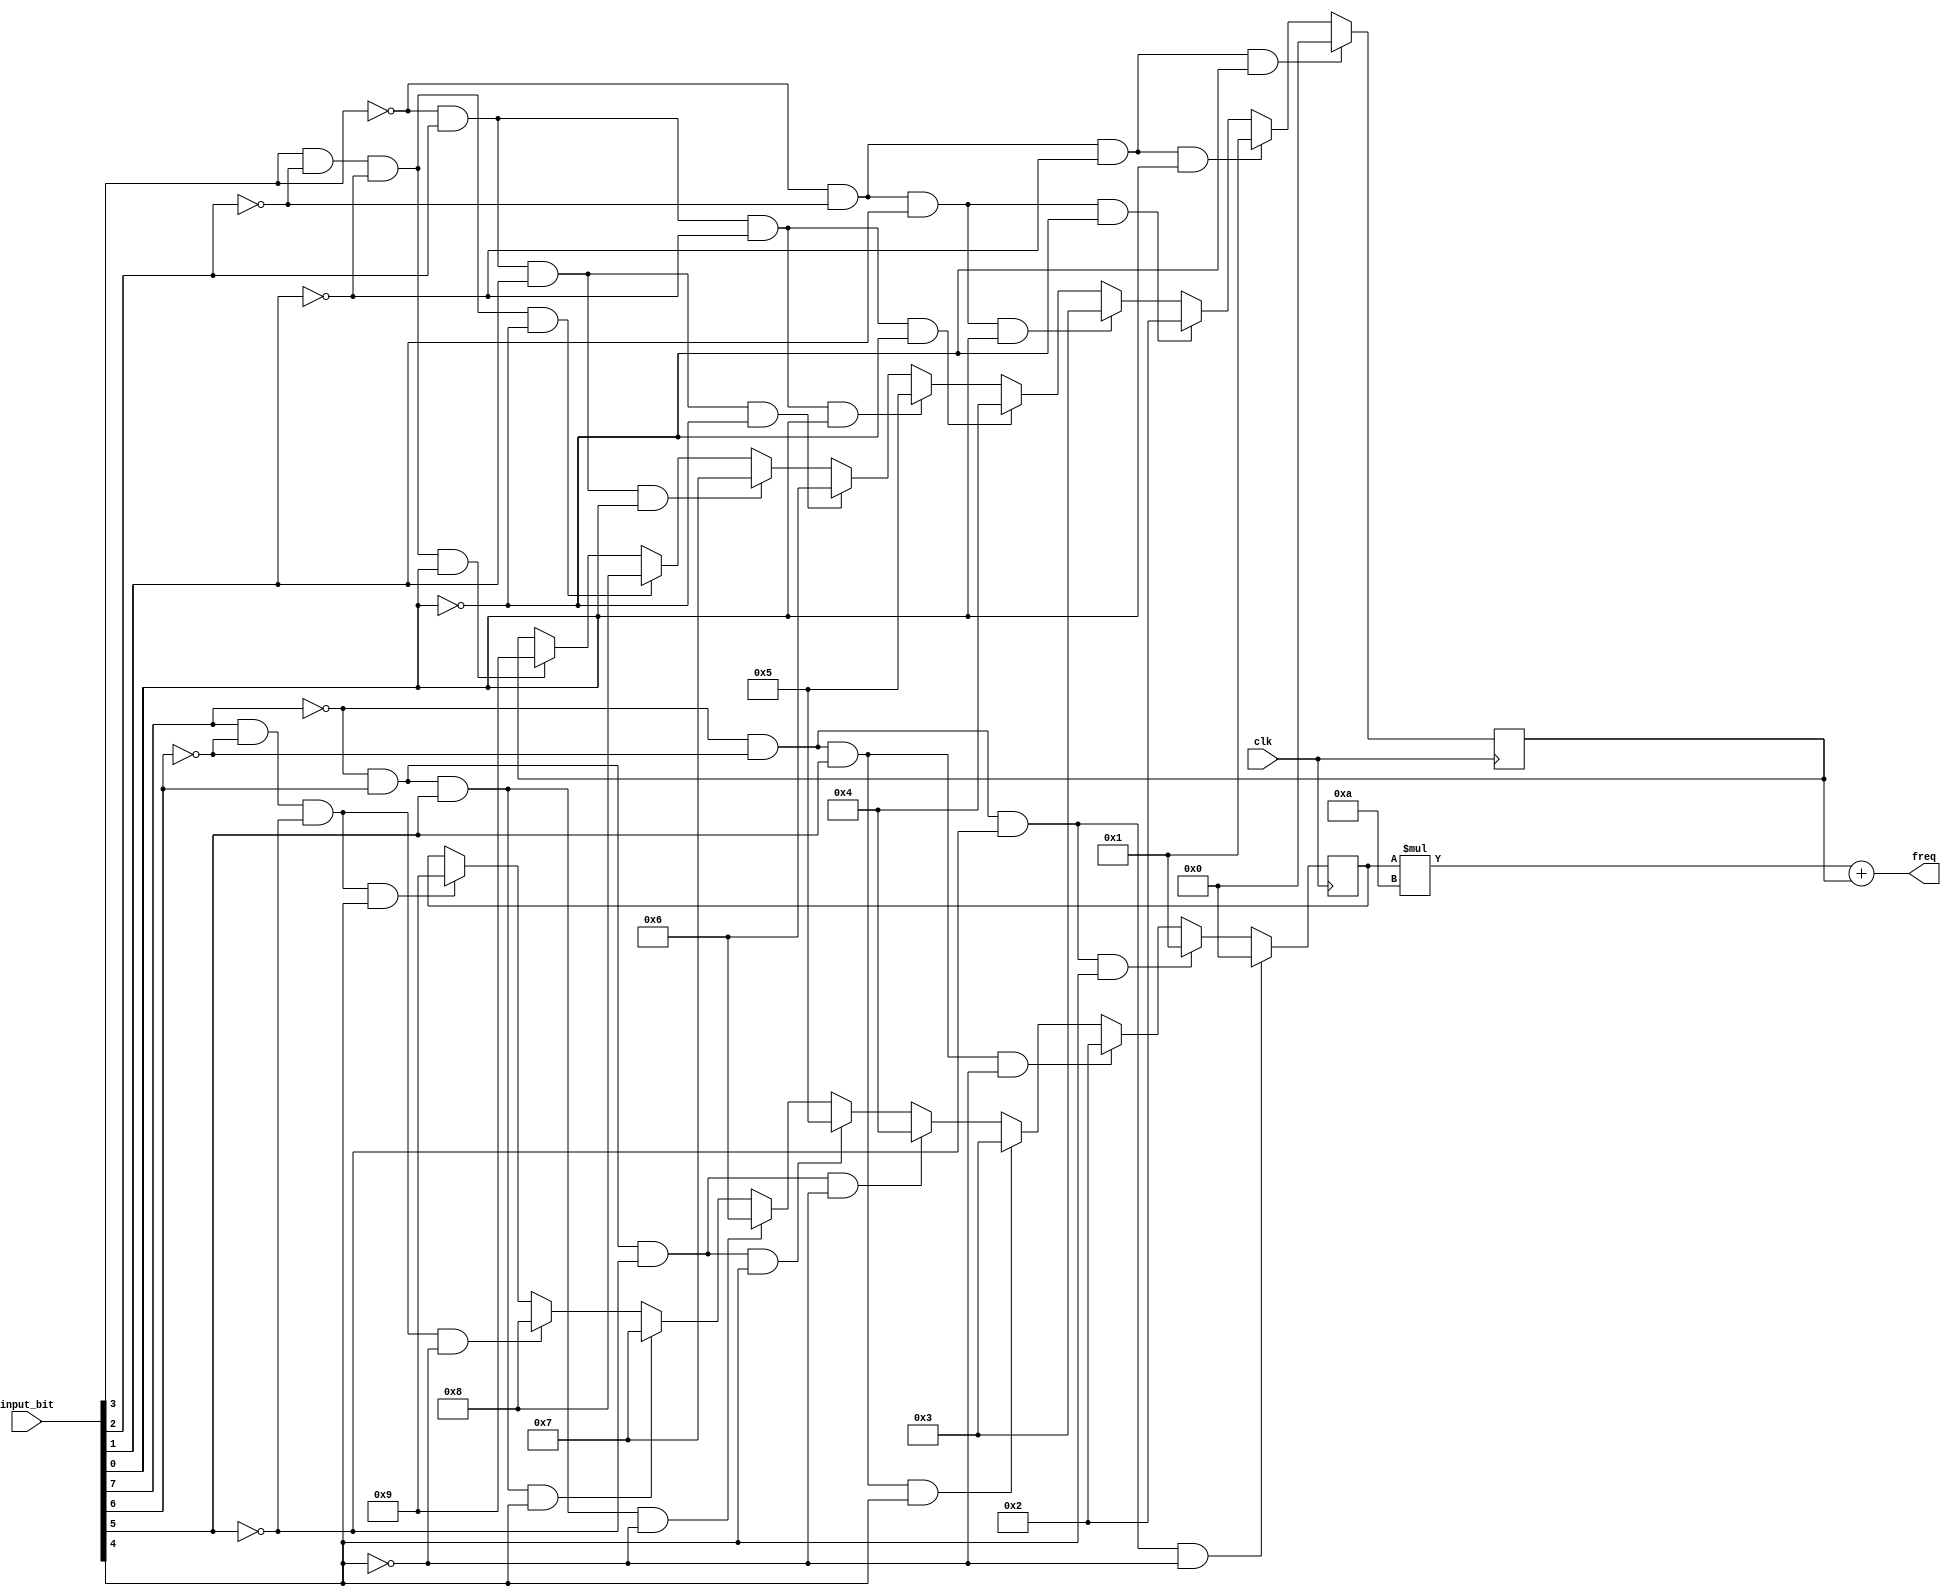
`timescale 1ns / 1ps
//////////////////////////////////////////////////////////////////////////////////
// Original Creation Date: 05/28/2019 01:18:21 PM
//////////////////////////////////////////////////////////////////////////////////


module digitization(
    input clk,
    input [7:0] input_bit,
    output [7:0] freq
    );
    
    reg BIT_ONE = 1'b1;
    reg BIT_ZER = 1'b0;
    
    /* BCD representations */
    reg [3:0] ONE = 4'b0001;
    reg [3:0] TWO = 4'b0010;
    reg [3:0] THR = 4'b0011;
    reg [3:0] FOR = 4'b0100;
    reg [3:0] FIV = 4'b0101; 
    reg [3:0] SIX = 4'b0110; 
    reg [3:0] SEV = 4'b0111; 
    reg [3:0] EIG = 4'b1000;
    reg [3:0] NIN = 4'b1001; 
    reg [3:0] ZER = 4'b0000;
    
    reg [7:0] FORSIX;// = 8'b01000110;         //46
    reg [7:0] FOREIG;// = 8'b01001000;         //48             
    reg [7:0] FORFOR;// = 8'b01000100;         //44
    reg [7:0] FORTWO;// = 8'b01000010;         //42
    reg [7:0] FIVTWO;// = 8'b01010010;         //52
    reg [7:0] FIVFOR;// = 8'b01010100;         //54             
    reg [7:0] FIVSIX;// = 8'b01010110;         //56             
    reg [7:0] FIVEIG;// = 8'b01011000;         //58
    reg [7:0] SIXZER;// = 8'b01100000;         //60
    reg [7:0] NINNIN;// = 8'b10011001;         //99 
    
    
    reg [7:0] ONEZER;// = 8'b00010000;         //10
    reg [7:0] FIVZER;// = 8'b01010000;         //50
    
    
    reg [3:0] LSB_DIG;
    reg [3:0] MSB_DIG;
    
    reg [7:0] internal_freq;
    
    
    
    /* This 'always' block only converts the data bits received in the PMOD Ports of the Zybo Z7-10 to binary digit values. */
    always @(posedge clk) begin
    
        /*  Aassigning appropriate values to the BCD LSB */
        if ((input_bit[3] == BIT_ZER) && (input_bit[2] == BIT_ZER) && (input_bit[1] == BIT_ZER) && (input_bit[0] == BIT_ZER)) begin
            LSB_DIG = ZER;
        end else if ((input_bit[3] == BIT_ZER) && (input_bit[2] == BIT_ZER) && (input_bit[1] == BIT_ZER) && (input_bit[0] == BIT_ONE)) begin
            LSB_DIG = ONE;
        end else if ((input_bit[3] == BIT_ZER) && (input_bit[2] == BIT_ZER) && (input_bit[1] == BIT_ONE) && (input_bit[0] == BIT_ZER)) begin
            LSB_DIG = TWO;
        end else if ((input_bit[3] == BIT_ZER) && (input_bit[2] == BIT_ZER) && (input_bit[1] == BIT_ONE) && (input_bit[0] == BIT_ONE)) begin
            LSB_DIG = THR;
        end else if ((input_bit[3] == BIT_ZER) && (input_bit[2] == BIT_ONE) && (input_bit[1] == BIT_ZER) && (input_bit[0] == BIT_ZER)) begin
            LSB_DIG = FOR;
        end else if ((input_bit[3] == BIT_ZER) && (input_bit[2] == BIT_ONE) && (input_bit[1] == BIT_ZER) && (input_bit[0] == BIT_ONE)) begin
            LSB_DIG = FIV;
        end else if ((input_bit[3] == BIT_ZER) && (input_bit[2] == BIT_ONE) && (input_bit[1] == BIT_ONE) && (input_bit[0] == BIT_ZER)) begin
            LSB_DIG = SIX;
        end else if ((input_bit[3] == BIT_ZER) && (input_bit[2] == BIT_ONE) && (input_bit[1] == BIT_ONE) && (input_bit[0] == BIT_ONE)) begin
            LSB_DIG = SEV;    
        end else if ((input_bit[3] == BIT_ONE) && (input_bit[2] == BIT_ZER) && (input_bit[1] == BIT_ZER) && (input_bit[0] == BIT_ZER)) begin
            LSB_DIG = EIG;
        end else if ((input_bit[3] == BIT_ONE) && (input_bit[2] == BIT_ZER) && (input_bit[1] == BIT_ZER) && (input_bit[0] == BIT_ONE)) begin
            LSB_DIG = NIN;
        end
        
        /*  Aassigning appropriate values to the BCD MSB */
        if ((input_bit[7] == BIT_ZER) && (input_bit[6] == BIT_ZER) && (input_bit[5] == BIT_ZER) && (input_bit[4] == BIT_ZER)) begin
            MSB_DIG = ZER;
        end else if ((input_bit[7] == BIT_ZER) && (input_bit[6] == BIT_ZER) && (input_bit[5] == BIT_ZER) && (input_bit[4] == BIT_ONE)) begin
            MSB_DIG = ONE;
        end else if ((input_bit[7] == BIT_ZER) && (input_bit[6] == BIT_ZER) && (input_bit[5] == BIT_ONE) && (input_bit[4] == BIT_ZER)) begin
            MSB_DIG = TWO;
        end else if ((input_bit[7] == BIT_ZER) && (input_bit[6] == BIT_ZER) && (input_bit[5] == BIT_ONE) && (input_bit[4] == BIT_ONE)) begin
            MSB_DIG = THR;
        end else if ((input_bit[7] == BIT_ZER) && (input_bit[6] == BIT_ONE) && (input_bit[5] == BIT_ZER) && (input_bit[4] == BIT_ZER)) begin
            MSB_DIG = FOR;
        end else if ((input_bit[7] == BIT_ZER) && (input_bit[6] == BIT_ONE) && (input_bit[5] == BIT_ZER) && (input_bit[4] == BIT_ONE)) begin
            MSB_DIG = FIV;
        end else if ((input_bit[7] == BIT_ZER) && (input_bit[6] == BIT_ONE) && (input_bit[5] == BIT_ONE) && (input_bit[4] == BIT_ZER)) begin
            MSB_DIG = SIX;
        end else if ((input_bit[7] == BIT_ZER) && (input_bit[6] == BIT_ONE) && (input_bit[5] == BIT_ONE) && (input_bit[4] == BIT_ONE)) begin
            MSB_DIG = SEV;
        end else if ((input_bit[7] == BIT_ONE) && (input_bit[6] == BIT_ZER) && (input_bit[5] == BIT_ZER) && (input_bit[4] == BIT_ZER)) begin
            MSB_DIG = EIG;
        end else if ((input_bit[7] == BIT_ONE) && (input_bit[6] == BIT_ZER) && (input_bit[5] == BIT_ZER) && (input_bit[4] == BIT_ONE)) begin
            MSB_DIG = NIN;
        end
    end
    
    
    always @* begin
       internal_freq = (MSB_DIG * 4'b1010) + {3'b0, LSB_DIG};
    end
    
    assign freq = internal_freq;
    
endmodule